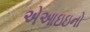
એઆઇઇનો